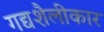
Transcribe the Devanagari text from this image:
गद्यशैलीकार